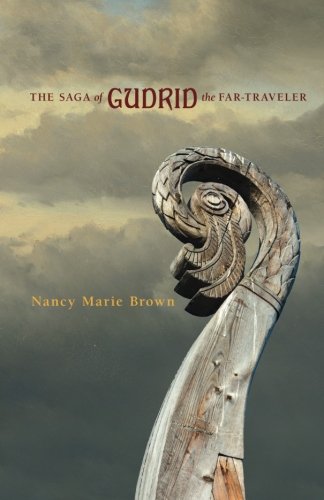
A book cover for The Saga of Gudrid the Far-Traveler; Nancy Marie Brown; Teen & Young Adult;